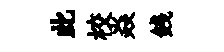
此校焱銭